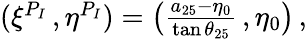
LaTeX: \begin{array}{r}{(\xi^{P_{I}}\, ,\eta^{P_{I}})=\big(\frac{a_{25}-\eta_{0}}{\tan{\theta_{25}}}\, ,\eta_{0}\big)\, ,}\end{array}